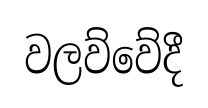
වලව්වේදී